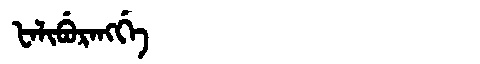
Manchu: ᡶᠠᠯᡳᠪᡠᡵᠠᠩᡤᡝ
Romanization: FALIBURANGGE